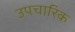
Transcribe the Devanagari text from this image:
उपचारिक